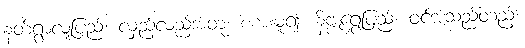
နတ်ရွာလူ့ပြည်၊ လှည့်လည်အတူ၊ စံစားမူ၍၊ နိဗ္ဗူရွှေပြည်၊ ဝင်အံ့သည်တည့်၊